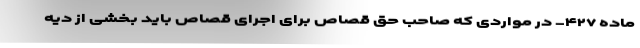
ماده ۴۲۷- در مواردی که صاحب حق قصاص برای اجرای قصاص باید بخشی از دیه